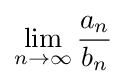
\lim _{n\to \infty }{\frac {a_{n}}{b_{n}}}